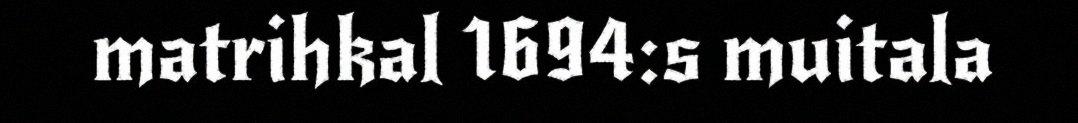
matrihkal 1694:s muitala